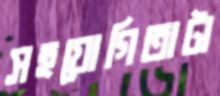
সহযোগিতাটা